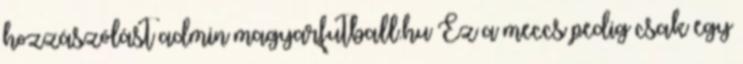
hozzászólást admin magyarfutball.hu Ez a meccs pedig csak egy